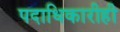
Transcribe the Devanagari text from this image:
पदाधिकारीही